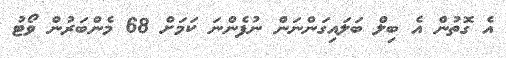
އެ ގޮތުން އެ ބިލް ބަލައިގަންނަން ނުފެންނަ ކަމަށް 68 މެންބަރުން ވޯޓު